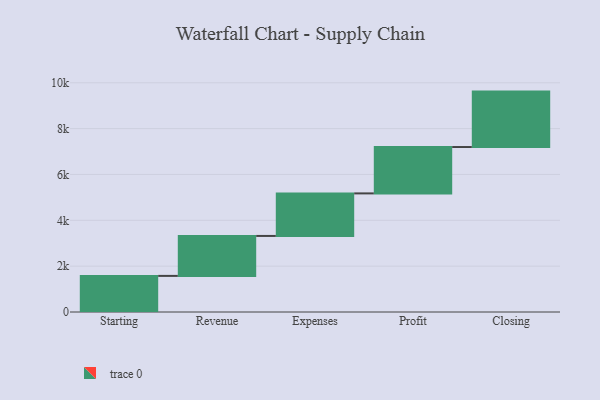
{"axis": {"x": "Step", "y": "Value"}, "legend": [""], "data": [{"x": "Starting", "y": 1575.0, "type": ""}, {"x": "Revenue", "y": 1743.0, "type": ""}, {"x": "Expenses", "y": 1856.0, "type": ""}, {"x": "Profit", "y": 2023.0, "type": ""}, {"x": "Closing", "y": 2418.0, "type": ""}]}